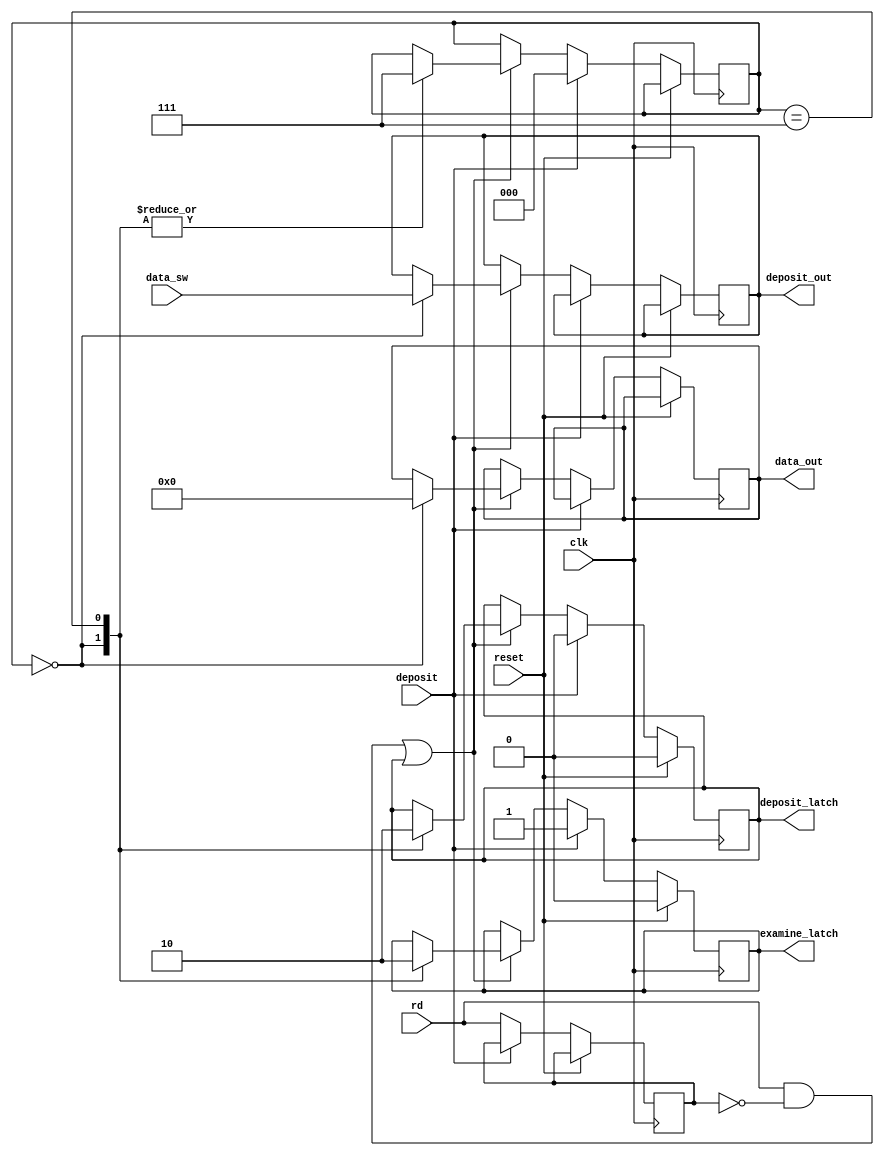
/*

DEP NXT 

The Deposit Next circuit simply causes a sequential operation 
of the EXM NXT and the DEP circuits. 

*/

module deposit_next(
  input clk,
  input reset,
  input rd,
  input deposit,
  input [7:0] data_sw,
  output reg [7:0] deposit_out,
  output deposit_latch,
  output reg [7:0] data_out,
  output examine_latch
);

  reg [2:0] state = 3'b000;
  reg prev_rd = 1'b0;
  reg de_lt = 1'b0;
  reg en_lt = 1'b0;
  
  always @(posedge clk)
    begin
      if (reset)
      begin
		    de_lt <= 1'b0;
		    en_lt <= 1'b0;
		  end  
      else if (deposit)
      begin
		    state <= 3'b000;
        de_lt <= 1'b0;
        en_lt <= 1'b1;
		  end  
      else
		begin
   	  if (rd && prev_rd==1'b0 || de_lt == 1'b1)
		  begin
			case (state)
            3'b000 : begin
              en_lt <= 1'b1;
   		        de_lt <= 1'b1;
              state <= 3'b111;
              data_out <= 8'b00000000; // NOP
				      deposit_out <= data_sw;
				    end
				    3'b111 : begin
				      state <= 3'b111;
   		        en_lt <= 1'b0;
				      de_lt <= 1'b0;
				    end
			endcase
		  end
		  prev_rd = rd;  
		end
    end
	 assign examine_latch = en_lt;
	 assign deposit_latch = de_lt;
endmodule